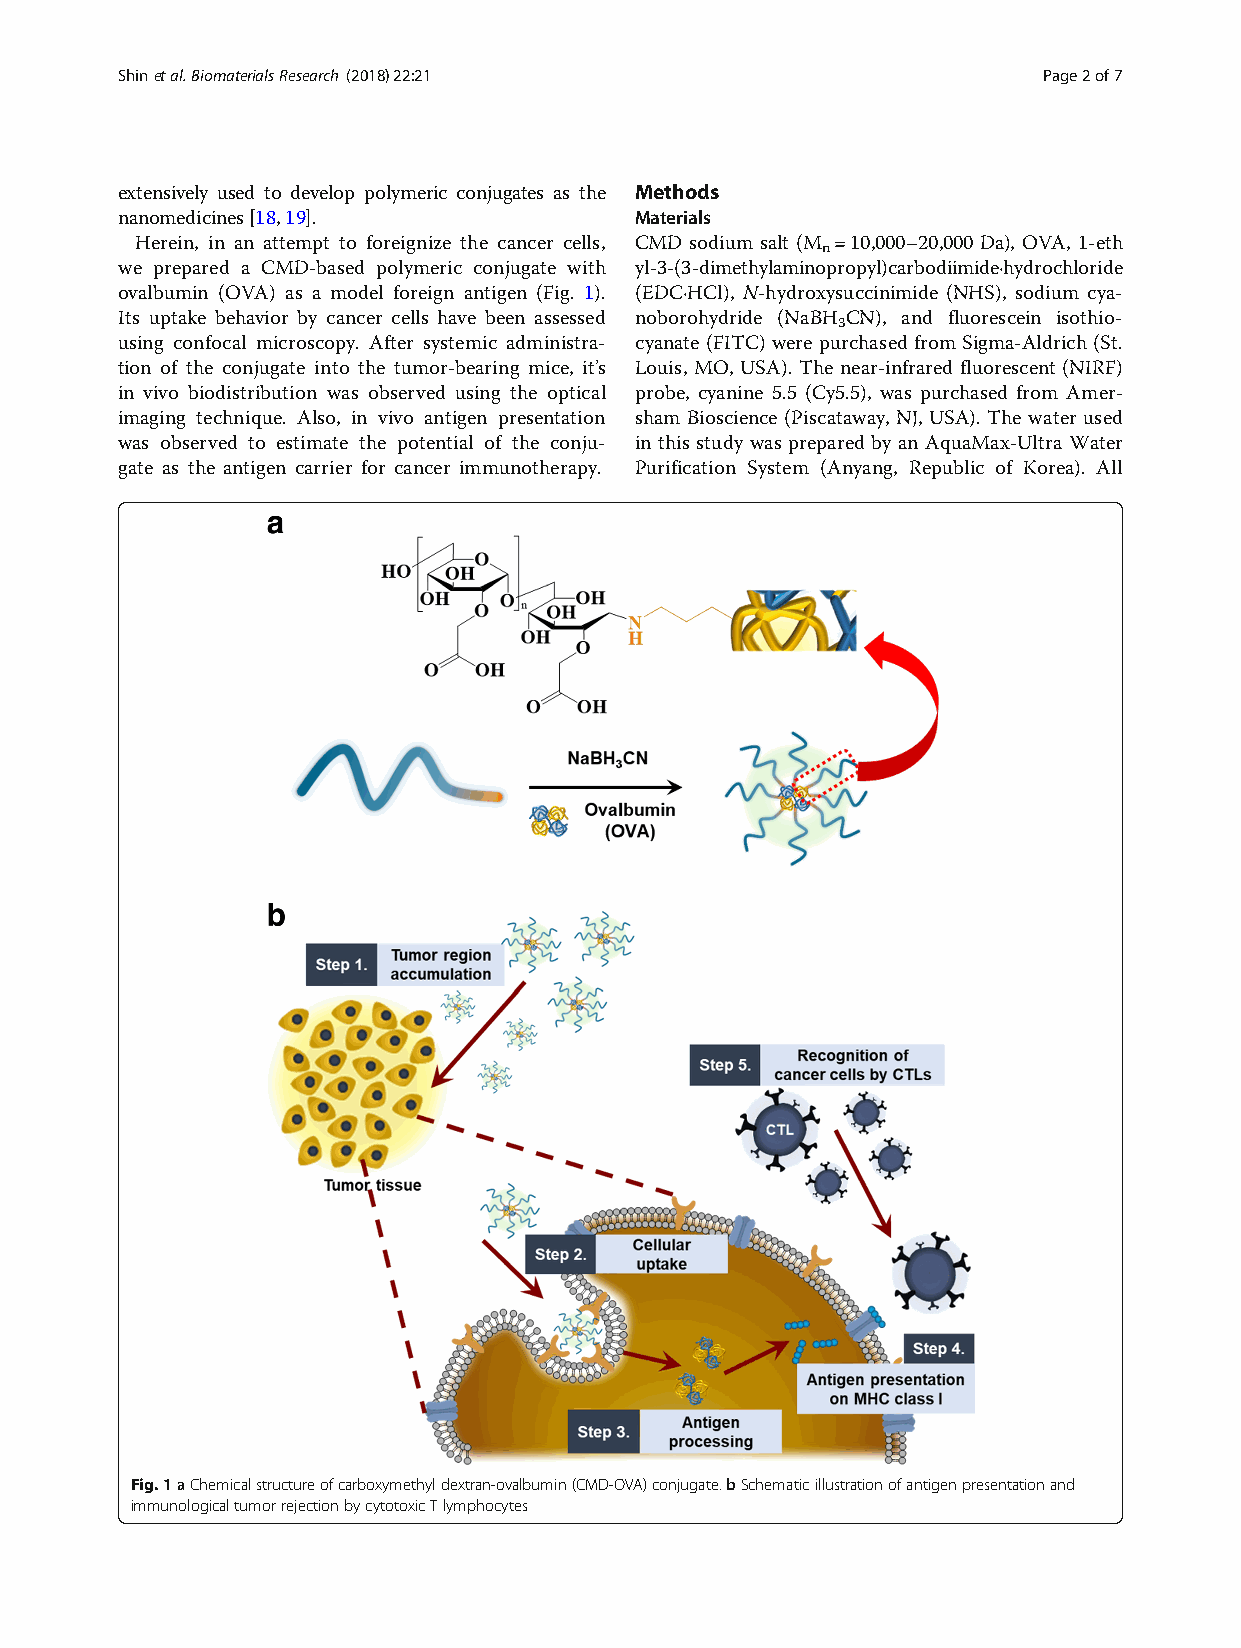
Shinetal.BiomaterialsResearch (2018) 22:21                   Page2of7
 extensively used to develop polymeric conjugates as the Methods
 nanomedicines[18,19].             Materials
 Herein, in an attempt to foreignize the cancer cells, CMD sodium salt (M =10,000–20,000 Da), OVA, 1-eth
 n
 we prepared a CMD-based polymeric conjugate with yl-3-(3-dimethylaminopropyl)carbodiimide·hydrochloride
 ovalbumin (OVA) as a model foreign antigen (Fig. 1). (EDC·HCl), N-hydroxysuccinimide (NHS), sodium cya-
 Its uptake behavior by cancer cells have been assessed noborohydride (NaBH CN), and fluorescein isothio-
 3
 using confocal microscopy. After systemic administra- cyanate (FITC) were purchased from Sigma-Aldrich (St.
 tion of the conjugate into the tumor-bearing mice, it’s Louis, MO, USA). The near-infrared fluorescent (NIRF)
 in vivo biodistribution was observed using the optical probe, cyanine 5.5 (Cy5.5), was purchased from Amer-
 imaging technique. Also, in vivo antigen presentation sham Bioscience (Piscataway, NJ, USA). The water used
 was observed to estimate the potential of the conju- in this study was prepared by an AquaMax-Ultra Water
 gate as the antigen carrier for cancer immunotherapy. Purification System (Anyang, Republic of Korea). All
 Fig.1aChemicalstructureofcarboxymethyldextran-ovalbumin(CMD-OVA)conjugate.bSchematicillustrationofantigenpresentationand
 immunologicaltumorrejectionbycytotoxicTlymphocytes